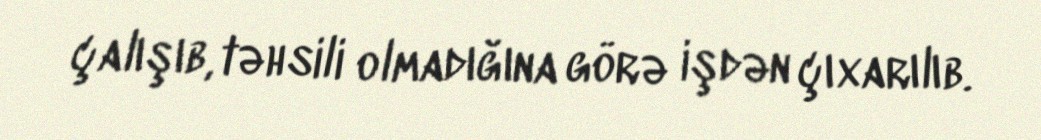
çalışıb, təhsili olmadığına görə işdən çıxarılıb.